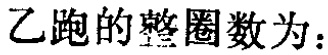
乙跑的整圈数为：